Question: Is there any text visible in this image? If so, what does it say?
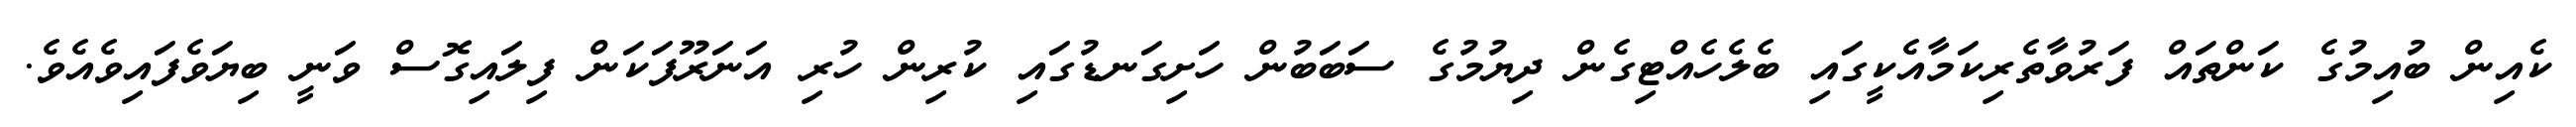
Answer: ކެއިން ބުއިމުގެ ކަންތައް ފަރުވާތެރިކަމާއެކީގައި ބެލެހެއްޓިގެން ދިޔުމުގެ ސަބަބުން ހަށިގަނޑުގައި ކުރިން ހުރި އަނަރޫފަކަން ފިލައިގޮސް ވަނީ ބިޔަވެފައިވެއެވެ.